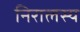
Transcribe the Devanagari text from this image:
निरालस्य